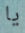
يا